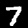
Digit: 7